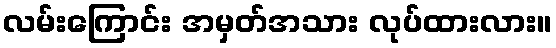
လမ်းကြောင်း အမှတ်အသား လုပ်ထားလား။